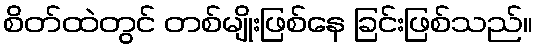
စိတ်ထဲတွင် တစ်မျိုးဖြစ်နေ ခြင်းဖြစ်သည်။